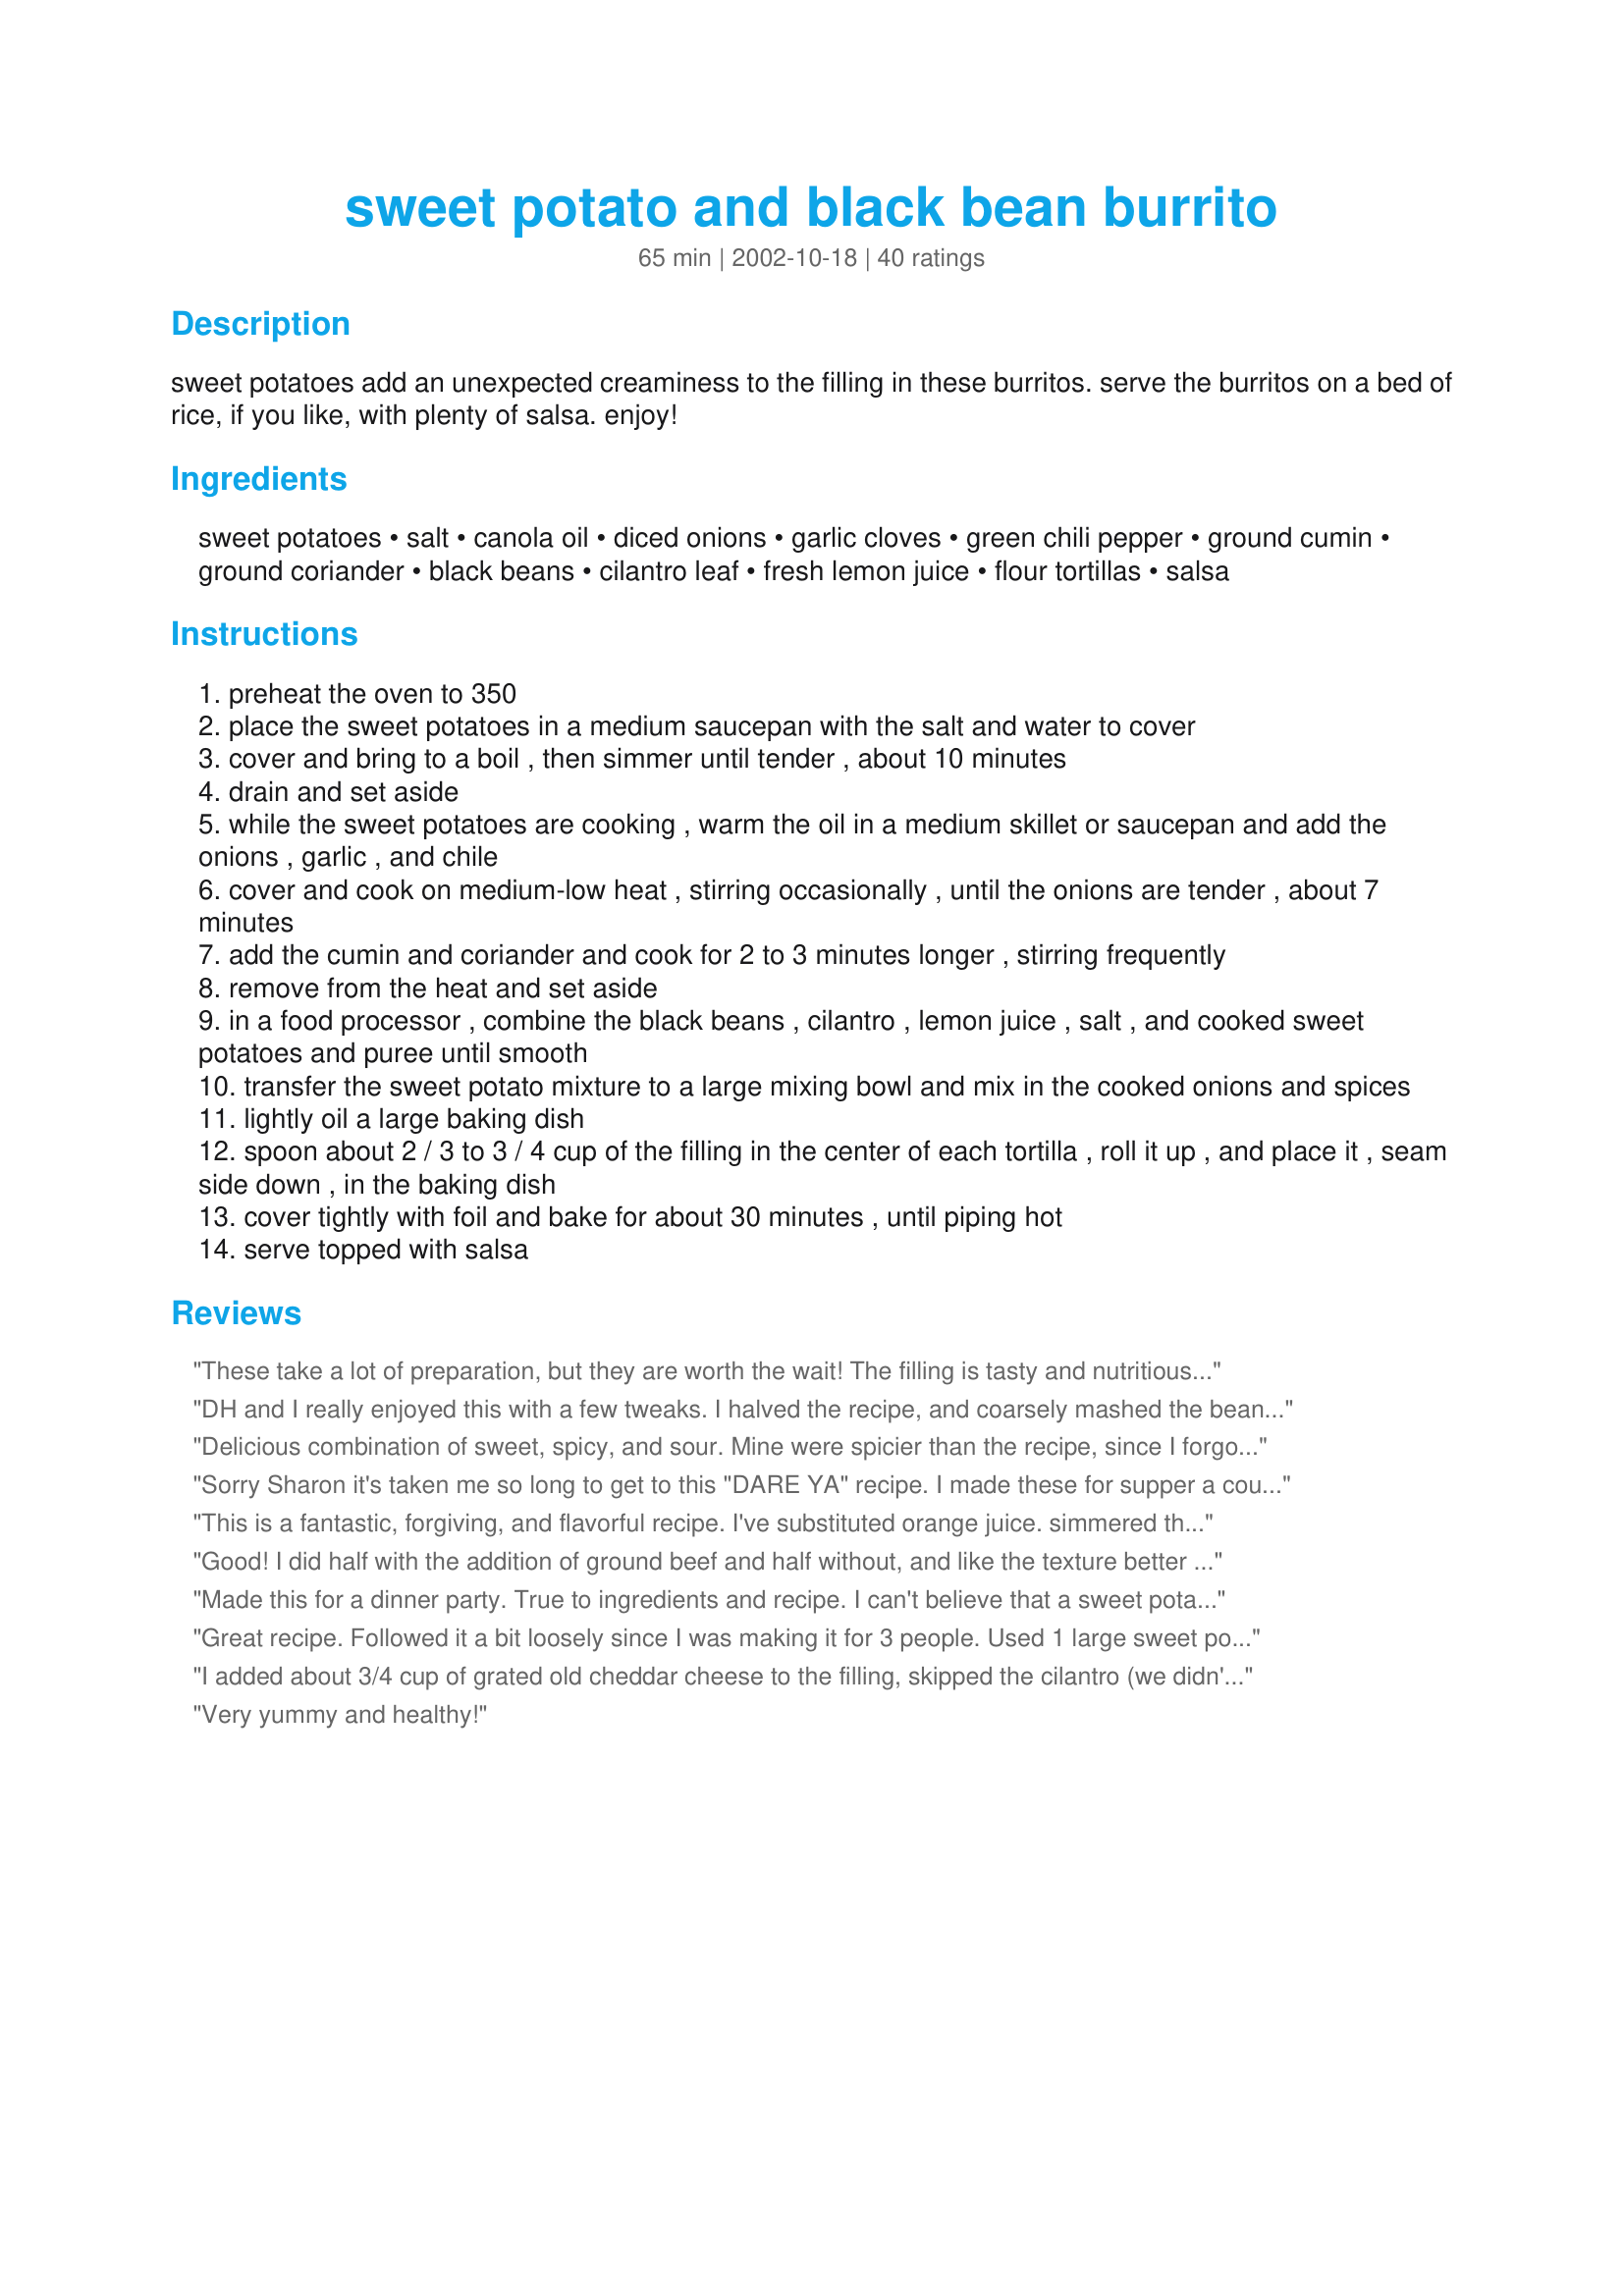
sweet potato and black bean burrito
Preparation time: 65 minutes

sweet potatoes add an unexpected creaminess to the filling in these burritos. serve the burritos on a bed of rice, if you like, with plenty of salsa. enjoy!

Ingredients:
sweet potatoes, salt, canola oil, diced onions, garlic cloves, green chili pepper, ground cumin, ground coriander, black beans, cilantro leaf, fresh lemon juice, flour tortillas, salsa

Steps:
preheat the oven to 350
place the sweet potatoes in a medium saucepan with the salt and water to cover
cover and bring to a boil , then simmer until tender , about 10 minutes
drain and set aside
while the sweet potatoes are cooking , warm the oil in a medium skillet or saucepan and add the onions , garlic , and chile
cover and cook on medium-low heat , stirring occasionally , until the onions are tender , about 7 minutes
add the cumin and coriander and cook for 2 to 3 minutes longer , stirring frequently
remove from the heat and set aside
in a food processor , combine the black beans , cilantro , lemon juice , salt , and cooked sweet potatoes and puree until smooth
transfer the sweet potato mixture to a large mixing bowl and mix in the cooked onions and spices
lightly oil a large baking dish
spoon about 2 / 3 to 3 / 4 cup of the filling in the center of each tortilla , roll it up , and place it , seam side down , in the baking dish
cover tightly with foil and bake for about 30 minutes , until piping hot
serve topped with salsa

Reviews:
These take a lot of preparation, but they are worth the wait! The filling is tasty and nutritious. What more could you ask for? The seasonings were perfect and I loved the conistency. I made half of the recipe and it will last me all week for lunch making. Thank you!
DH and I really enjoyed this with a few tweaks. I halved the recipe, and coarsely mashed the bean mixture instead of pureeing. I also spiced up the mixture by adding some chili powder and cayenne, and added seasoned brown rice and a little cheddar cheese to the burritos. Even half the recipe made eight burritos for us. We will be making this again!
Delicious combination of sweet, spicy, and sour. Mine were spicier than the recipe, since I forgot to measure and put the whole chili pepper in for 2 people (1/4 recipe)! I used whole wheat tortillas, and tried them pureed and baked, as well as not pureed and baked (per other reviewers' suggestions). Both were really good, but I think I preferred the whole beans and chunks of sweet potato (you can taste them more). Served these with nonfat sour cream, as well as the salsa. Yum!
Sorry Sharon it's taken me so long to get to this "DARE YA" recipe. I made these for supper a couple of nights ago, scaled the recipe to half for the two of us. I took Madi's idea and cooked the filling separately, we also like the soft tortillas, just warmed and filled. Also added some cheese, chopped tomato and lettuce before adding the filling, (but no sour cream). They were quite different from the usual burrito, the taste was ok but we were not too happy with the texture of the filling. If I were to make them again I would mash it by hand to have a coarser texture. We found the pureed smoothness a little gaggy, although the chili, cumin and coriander did come through and there was a nice little bite to it. It was a good "Dare", something I would not have tried otherwise.
This is a fantastic, forgiving, and flavorful recipe. I've substituted orange juice. simmered the black beans with some chile powder and cayenne for a different kick, and even used this as a base for refried beans to go over rice. Rest assured -- this recipie is no-fail and incredibly tasty. Thanks for bringing it from my favorite Moosewood book to the Zaar!
Good! I did half with the addition of ground beef and half without, and like the texture better with the ground beef. And I didn't totally puree. Used some reconstituted dried onions, and didn't use quite the amount of everything, and it still made a LOT. Used canned chilies, no coriander or cilantro or oil (since I didn't fry my onions,)and homemade tortillas. Served with sour cream and salsa, which really made it, and my family also added cheese. Was a very different combination of flavors that I had previously experienced, but good, and my picky kids loved it. One more thing, lol, I think I actually used yams instead of sweet potatoes, because I usually forget which is which, but it worked :)
Made this for a dinner party. True to ingredients and recipe. I can't believe that a sweet potato and black bean mixture would be so great! well received by guests.
Great recipe. Followed it a bit loosely since I was making it for 3 people. Used 1 large sweet potato, 1 can of black beans, and pretty much halved the spices. My variation was to blend and reheat the blended mixture, add to heated tortillas with rice. Added Monterrey Jack cheese, sour cream, guacamole, salsa and some hot sauce. Definitely will make this again... and again.
I added about 3/4 cup of grated old cheddar cheese to the filling, skipped the cilantro (we didn't have any and my husband doesn't like it), used whole wheat tortillas, and served with sour cream. It was mostly pureed with a few chunks. I thought it was ok, but felt like it was missing something - maybe the cilantro? I think next time I'll add some salsa right into the filling. My husband and three boys (ages 10 months to 4 1/2) absolutely devoured it however, thus the 4 stars. This also made a lot, which is important in this house of big eaters :) It made enough for a dinner plus lunch for the little ones. It also came together quite easily so I'll definitely be making it again with a couple of changes. Thanks!
Very yummy and healthy!
I made these tonight with a few changes and am very pleased (although I found that I disliked coriander and cilantro!). Instead of boiling the sweet potato, I peeled, cubed and baked it in the oven and I had no lemon juice. Next time, I might cut the potato in wedges before baking and just mash the beans with the onion mixture - a little cayenne sounds good, too. Definitely a do-over!
I can't believe there is only one other review for this recipe!! This is my families favorite recipe hands down. Everyone in the family loves it. I don't alter anything in the mixture, I just don't bake it in the burritos. I make the black bean mixture and then bake it in a 13 X 9 inch pan and then scoop it onto a tortilla on top of some shredded cheese and serve with sour cream and salsa. I made it a couple of times as the recipe has you do it (baking it in the tortillas) and my family likes the soft torillas better. Thanks.
Fantastic! Hearty and tasty. This is one of my new favs! I mashed the potatoes/bean mixture instead of pureeing and used pineapple juice instead of lemon juice (which I realized I didn't have on hand at the last minute). So yummy and healthy too. Thanks for sharing.
I hate having to give this only 4 stars because the flavors were phenomenal, but I didn't puree this and I can't imagine it would be anywhere near as good pureed! We used the same ingredients as in the recipe, but put rice in the burritoes and just whole beans and strips of baked sweet potato flesh. Amazing flavors- BF wouldn't stop "Mmming" even as he chewed. The orange sweet potato and black beans are beautiful together. It just seems to me that it would be such a pity to puree this. There's no need to homogenize all the individual delicous earthy flavors in this. We ate them with salsa and sour cream. Completely delicious and I will definitely make it again, but again, I just cannot imagine this being anywhere near as good (or really good at all- pureed fillings in burritoes tend to be unecessarily icky IMHO) pureed. So... thanks for posting... and sorry.
We really enjoyed this recipe, I didn't change a thing. I froze about half of them for a quick meal and they also turn out great. I'm make more for the freezer today. Thanks
These are addictive!! I skip the food processor because we prefer more texture. I served it with mexican style rice and salsa. Wonderful! I've also frozen some of the filling to make them easier on busy nights.
We loved it. Great blend of flavors. I did not puree it- thought it would be better a little chunky. Thanks for a creative, great recipe.
Unbeleivable combo!!! I am not a veggie nut or anything, this was just plain good. I really think it would be six stars if you had ground taco meat in it as well...even ground turkey. But this was so good just as is!
Oh wow... all my favorite ingredients in one perfect package. This is one of the best, healthiest recipes ever created! Sweet potatoes are one of the healthiest foods on earth--high in beta-carotene (Vitamin A) & Vitamin C. And black beans, of course, are an awesome source of fiber and protein. I used 6" whole wheat tortillas and skipped the cumin & salt (the beans were salty enough already). I LOVED the addition of cilantro & coriander, but that's because I'm a big fan =). I also didn't have the chilis, so I subbed w/ a little habanero sauce. OH, and as the reviewers suggested, mash by hand or you'll miss out on the *wonderful* texture! I'm gonna freeze the extras to snack on during finals week. Thanks, Sharon, I'll be making these frequently, YUM!
I dont often write reviews but this recipe is outstanding! love the sweetness of the yam it really doesnt even need meat
These are great! I mashed the filling by hand, and left it chunky. I used whole wheat tortillas, which were fabulous, and omitted the oil to lower the calorie/fat content. This made 8 HUGE burritos, so I froze 4 of them. Thanks for the yummy and healthy recipe!
I'm not sure I should give them stars, bcz I did make a few changes, plus, I never put the filling into wraps. We're gf here. But the filling is so good, I've been eating it like refried beans, only they're healthier. I do think you have to like curry to like this dish, and I love curry (and black beans and sweet potatoes)! I used 1 onion, no chili pepper or coriander or cilantro (I hate it), garlic powder. This would be good as a hot wrap, but putting some cheese and salsa in the wrap b4 heating.
My family loved these! I added a pound of hamburger to mine.
My family really enjoyed these burritos. It was like a healthier version of some bean burritos my family makes enchillada style, except I never had used sweet potatoes before! Made as directed except we decreased the portions to make 6 burritos. Thanks for another delicious recipe Sharon!
These were pretty good. I served them with pico and spinach. Next time I think I will cut down on the amount of sweet potato, it sort of took over the flavor of the rest of the burrito. Also, as written this recipe makes a bunch of food. I cut it down to 1/3 and still made 5 pretty good size burritos.
Nice change!Omitted cilantro because I didn't have it on hand but still very good.I did mix by hand to keep texture and served it in wheat tortillas with cheese and sour cream.I will make this for my family again.Thanks!
If I were to add meat I would add fresh chiriso. I think it would compliment the bean &amp; sweet potato and make it more spicy!!
Tasty stuff. The only thing I would change is I wouldn't bake them as burritos. I'd warm up the mixture and eat it with soft tortillas.
I loved these burritos! I added some Monterey Jack to each burrito and it really made these shine. I will be making this again (as soon as I run out of the 11 frozen burritos hanging out in my freezer RN).
I'm sorry these did not do it for us. The cilantro over took them. The texture was blah.. Out of 10 people everyone asked me to never make this again! sorry.
This was great! I left out the lemon juice, because I had none. I also mashed by hand and thought the results were perfect. I would have never thought of this combo.
Thank you!
I really really liked this. No problem with texture here (i like when things are all one texture). This had a great combo of savory and sweet and made for a very original and delicious burrito! I added cheese in mine and topped with salsa and guacamole. Thanks Sharon!
Just made this last night and loved it! Followed the recipe pretty closely - didn't have any cumin so i left it out. Baked for about 20 minutes with salsa and melted cheese on top...will definitely be making these again!
Wonderful. Even veggie haters like this. Great to have in the freezer for a quick diner or to grab for a work day lunch. The flavours of the beans and yams (I, too, don't puree this anymore - we like it better coarsely mashed so some beans are still whole) are surprisingly good. We never miss the cheese when I don't add any. And they are a great comfort food even if I have run out of salsa.
Wonderful! And so healthy too! Thanks Sharon!
I liked this a lot. I'm sure I'll make it again. Let's see...I left out the green chili peppers and cilantro. I cut the recipe in half, so it wouldn't be so much food. I completely skipped the baking step, because I wasn't sure why they would need to be baked. We just heated the tortillas over the gas burner before filling them up. Thanks for a super yummy recipe! I especially love the creamy texture, with just the right amount of chew from the onions.
Loved it! I surprised myself by enjoying a Mexican dish without cheese melted all over it! The sweet potatoes add a nice flavor without being overpowering, and I left the seeds in the chili peppers which gave these lots of heat. It's quite filling with that that comfort food feeling of settling in for a long winter's nap!(Ah,CARBS!) The mixture just barely fit in a 14-cup food processor so if you have a smaller one you may want to make a half recipe so everything gets well-blended. I'm glad to now have these in my freezer for quick meals.
Great vegetarian meal! I love the sweet potato and black bean combo... it's balanced and hearty without being too heavy. These are a delight for the senses: the spices smell great when these are cooking, the colors of the orange sweet potato and earthy black beans are wonderful to work with before they hit the food processor but the result is a dynamite filling. I would love to try the filling in wonton skins as little dumplings!

Paired this dish with a mild spanish rice. Reheated well for lunch the following day.

Thanks for a creative recipe!
I found this recipe in my Moosewood Lowfat Favorites cookbook and they are fabulous - possibly my favorite burrito recipe! I leave the filling chunky rather than puree it and add a bit of cheese, some corn and black olives. I find that about 3 sweet potatoes and 2 cans of black beans makes plenty for our family of four. I would have posted this myself if it wasn't already here because it's too good not to share!
I was skeptical at first -- whoever heard of sweet potato burritos? And my husband just "kind of likes" sweet potatoes.
But we loved this! It is creamy and a fun change from regular burritos.
The changes I made to this recipe:
* chopped a small jalepeno pepper
* just baked in the oven for 10 min because I didn't have aluminum foil and didn't want them to dry out
* decided to mash the potatoes/beans together instead of puree
* added seasoned browned ground beef to my husband's burritos (as he requested)

Cons -- so many dishes to wash!
